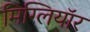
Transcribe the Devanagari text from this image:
मिग्लियॉर